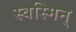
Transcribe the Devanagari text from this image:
स्वस्मिन्